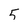
Character: 5